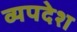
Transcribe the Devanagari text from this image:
व्यपदेश